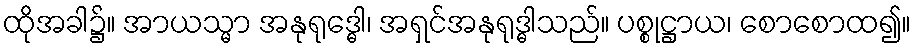
ထိုအခါ၌။ အာယသ္မာ အနုရုဒ္ဓေါ၊ အရှင်အနုရုဒ္ဓါသည်။ ပစ္စုဋ္ဌာယ၊ စောစောထ၍။